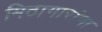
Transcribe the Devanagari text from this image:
मिठागारांना